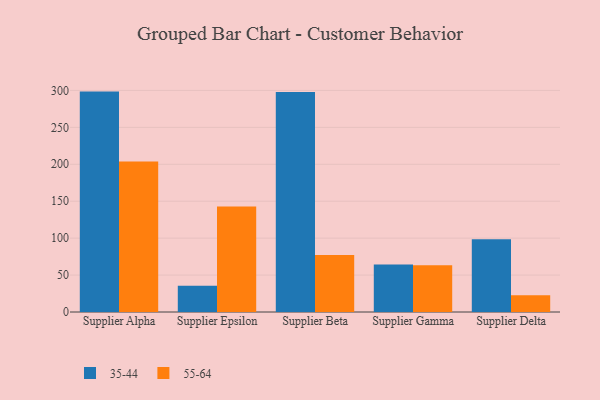
{"axis": {"x": "Supplier", "y": "Demand Index"}, "legend": ["35-44", "55-64"], "data": [{"x": "Supplier Alpha", "y": 298.4, "type": "35-44"}, {"x": "Supplier Alpha", "y": 203.7, "type": "55-64"}, {"x": "Supplier Epsilon", "y": 35.5, "type": "35-44"}, {"x": "Supplier Epsilon", "y": 142.8, "type": "55-64"}, {"x": "Supplier Beta", "y": 297.8, "type": "35-44"}, {"x": "Supplier Beta", "y": 77.2, "type": "55-64"}, {"x": "Supplier Gamma", "y": 64.4, "type": "35-44"}, {"x": "Supplier Gamma", "y": 63.2, "type": "55-64"}, {"x": "Supplier Delta", "y": 98.4, "type": "35-44"}, {"x": "Supplier Delta", "y": 22.7, "type": "55-64"}]}